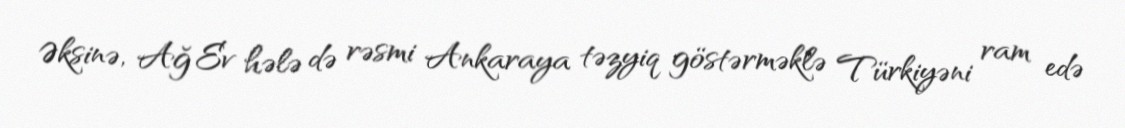
Əksinə, Ağ Ev hələ də rəsmi Ankaraya təzyiq göstərməklə Türkiyəni ram edə